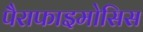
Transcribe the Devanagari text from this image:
पैराफाइमोसिस